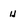
Character: H